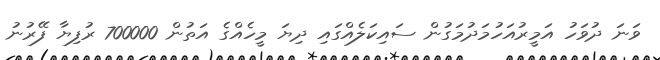
ވަނަ ދުވަހު އަމީރުއަހުމަދުމަގުން ސައިކަލެއްގައި ދިޔަ މީހެއްގެ އަތުން 700000 ރުފިޔާ ފޭރުނު